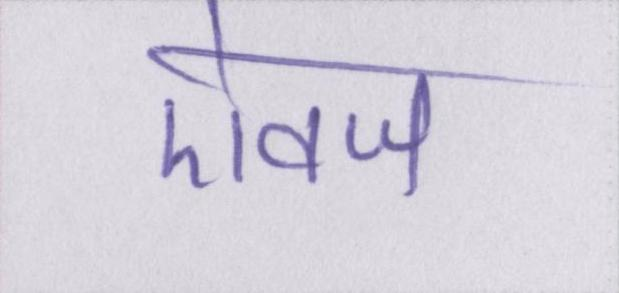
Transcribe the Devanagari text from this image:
ऐवज